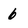
Character: 6